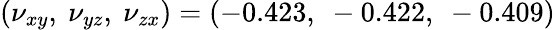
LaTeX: (\nu_{xy},~\nu_{yz},~\nu_{zx})=(-0.423,~-0.422,~-0.409)